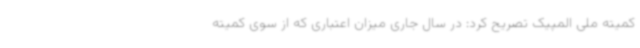
کمیته ملی المپیک تصریح کرد: در سال جاری میزان اعتباری که از سوی کمیته